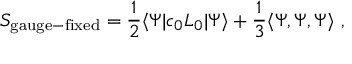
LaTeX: S _ { \mathrm { g a u g e - f i x e d } } = { \frac { 1 } { 2 } } \langle \Psi | c _ { 0 } L _ { 0 } | \Psi \rangle + { \frac { 1 } { 3 } } \langle \Psi , \Psi , \Psi \rangle \ ,